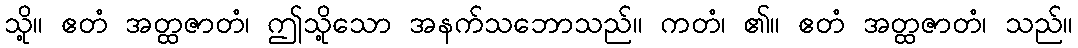
သို့။ ဧတံ အတ္ထဇာတံ၊ ဤသို့သော အနက်သဘောသည်။ ကတံ၊ ၏။ ဧတံ အတ္ထဇာတံ၊ သည်။